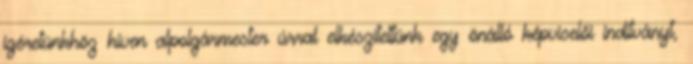
ígéretünkhöz híven alpolgármester úrral elkészítettünk egy önálló képviselői indítványt,